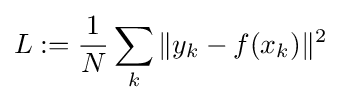
L:={\frac {1}{N}}\sum _{k}\|y_{k}-f(x_{k})\|^{2}